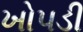
ખોપડી